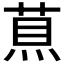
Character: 𦵅